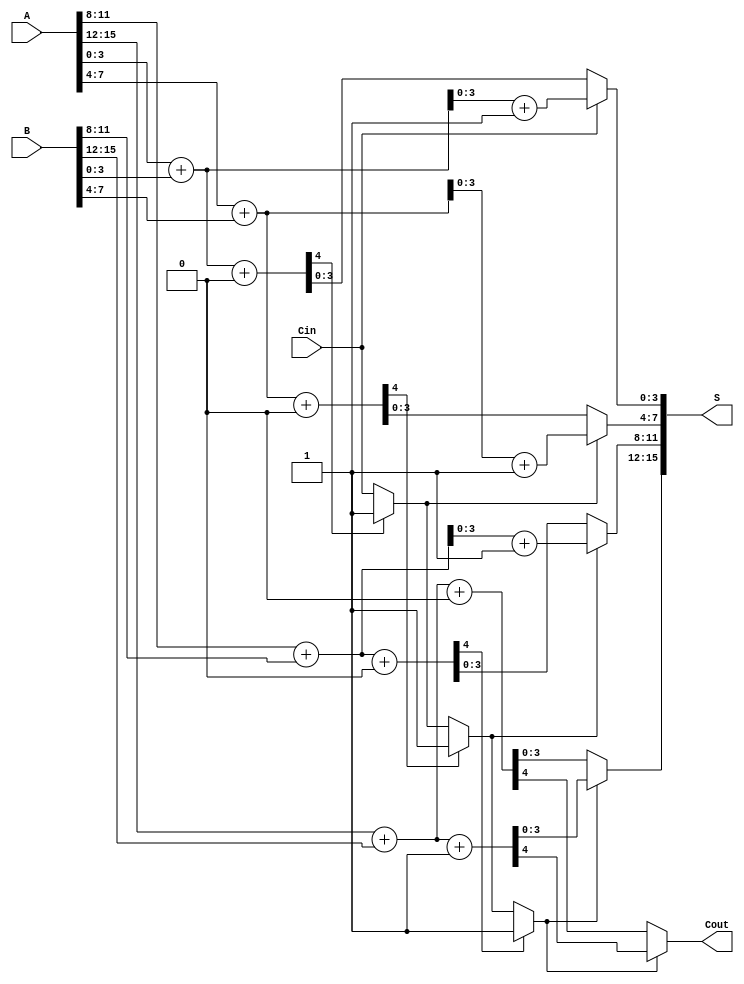
module CarrySelectAdder #(
    parameter N = 16, // Number of bits in the input
    parameter K = 4   // Segment size
)(
    input [N-1:0] A,      // First n-bit input
    input [N-1:0] B,      // Second n-bit input
    input Cin,            // Input carry
    output [N-1:0] S,     // n-bit sum output
    output Cout           // Output carry
);

    localparam NUM_SEGMENTS = N / K; // Number of segments

    // Intermediate signals
    wire [K-1:0] sum0 [0:NUM_SEGMENTS-1]; // Sum for Cin = 0
    wire [K-1:0] sum1 [0:NUM_SEGMENTS-1]; // Sum for Cin = 1
    wire carry0 [0:NUM_SEGMENTS-1];        // Carry out for Cin = 0
    wire carry1 [0:NUM_SEGMENTS-1];        // Carry out for Cin = 1
    wire carry_select [0:NUM_SEGMENTS-1];  // Carry selection for each segment

    // Generate sums and carries for each segment
    genvar i;
    generate
        for (i = 0; i < NUM_SEGMENTS; i = i + 1) begin : segment
            // Segment indices
            wire [K-1:0] A_segment = A[(i+1)*K-1:i*K];
            wire [K-1:0] B_segment = B[(i+1)*K-1:i*K];

            // Full adders for Cin = 0
            assign {carry0[i], sum0[i]} = A_segment + B_segment + 1'b0;
            // Full adders for Cin = 1
            assign {carry1[i], sum1[i]} = A_segment + B_segment + 1'b1;

            // Select carry for the next segment
            if (i == 0) begin
                assign carry_select[i] = Cin;
            end else begin
                assign carry_select[i] = carry0[i-1] ? 1'b1 : carry_select[i-1];
            end
        end
    endgenerate

    // Final sum and carry output
    generate
        for (i = 0; i < NUM_SEGMENTS; i = i + 1) begin : final_output
            if (i == 0) begin
                assign S[(i+1)*K-1:i*K] = carry_select[i] ? sum1[i] : sum0[i];
            end else begin
                assign S[(i+1)*K-1:i*K] = carry_select[i] ? sum1[i] : sum0[i];
            end
        end
    endgenerate

    // Final carry out
    assign Cout = carry_select[NUM_SEGMENTS-1] ? carry1[NUM_SEGMENTS-1] : carry0[NUM_SEGMENTS-1];

endmodule